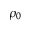
\rho _ { 0 }